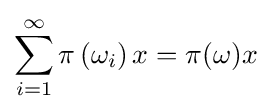
\sum _{i=1}^{\infty }\pi \left(\omega _{i}\right)x=\pi (\omega )x